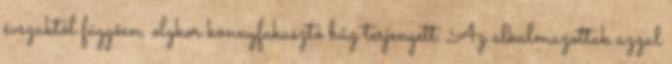
évszaktól függően, olykor könnyfakasztó bűz terjengett. Az alkalmazottak azzal